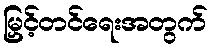
မြှင့်တင်ရေးအတွက်